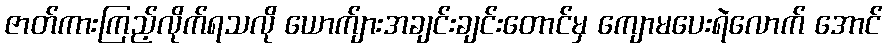
ဇာတ်ကားကြည့်လိုက်ရသလို ယောက်ျားအချင်းချင်းတောင်မှ ကျောမပေးရဲလောက် အောင်